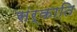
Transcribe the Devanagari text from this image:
संर्काति